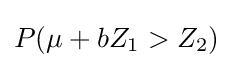
P(\mu +bZ_{1}>Z_{2})